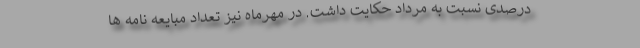
درصدی نسبت به مرداد حکایت داشت. در مهرماه نیز تعداد مبایعه نامه ها